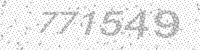
Solution: 771549